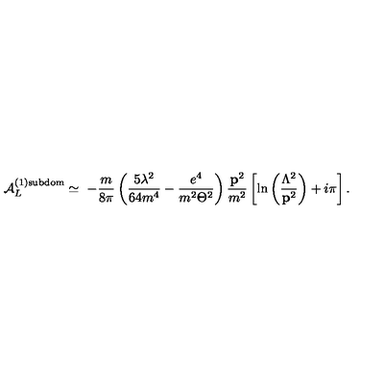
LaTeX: { \cal A } _ { L } ^ { ( 1 ) \mathrm { s u b d o m } } \simeq \ - \frac m { 8 \pi } \left( \frac { 5 \lambda ^ { 2 } } { 6 4 m ^ { 4 } } - \frac { e ^ { 4 } } { m ^ { 2 } \Theta ^ { 2 } } \right) \frac { { \bf p } ^ { 2 } } { m ^ { 2 } } \left[ \ln \left( \frac { \Lambda ^ { 2 } } { { \bf p } ^ { 2 } } \right) + i \pi \right] .